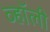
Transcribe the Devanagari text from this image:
व्हॉली